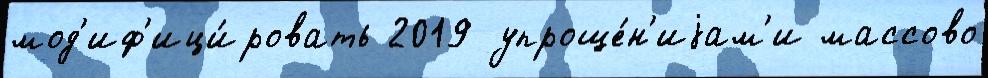
мод'иф'ици́ровать 2019 упроще́н'иjам'и массово